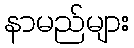
နာမည်များ